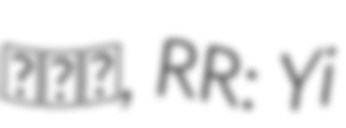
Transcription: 이재오, RR: Yi